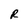
Character: R